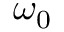
\omega _ { 0 }